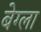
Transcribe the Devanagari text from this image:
बेग्ला